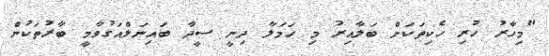
"މިހާރު ހުރި ހެކިތަކަށް ބަލާއިރު މި ހަމަލާ ދިނީ ސީދާ ބައިނަލްއަގުވާމީ ބާރުތަކުން